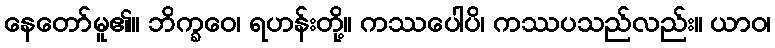
နေတော်မူ၏။ ဘိက္ခဝေ၊ ရဟန်းတို့။ ကဿပေါပိ၊ ကဿပသည်လည်း။ ယာဝ၊